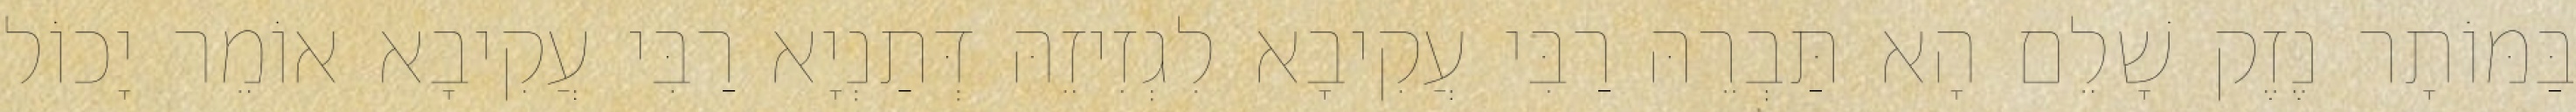
בַּמּוֹתָר נֶזֶק שָׁלֵם הָא תַּבְרֵהּ רַבִּי עֲקִיבָא לִגְזִיזֵהּ דְּתַנְיָא רַבִּי עֲקִיבָא אוֹמֵר יָכוֹל